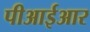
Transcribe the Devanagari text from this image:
पीआईआर